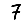
Digit: 7